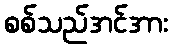
စစ်သည်အင်အား